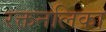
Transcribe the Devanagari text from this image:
रक्तनलिका